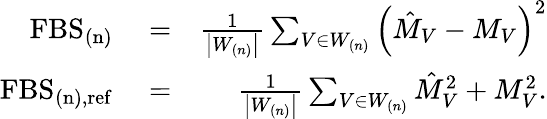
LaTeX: \begin{array}{rlr}{\mathrm{FBS}_{\mathrm{(n)}}}&{{}=}&{\frac{1}{\left|W_{(n)}\right|}\sum_{V\in W_{(n)}}\left(\hat{M}_{V}-M_{V}\right)^{2}}\\ {\mathrm{FBS}_{\mathrm{(n),ref}}}&{{}=}&{\frac{1}{\left|W_{(n)}\right|}\sum_{V\in W_{(n)}}\hat{M}_{V}^{2}+M_{V}^{2}.}\end{array}